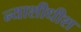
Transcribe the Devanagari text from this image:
न्‍याशीधीश